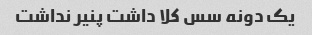
یک دونه سس کلا داشت پنیر نداشت